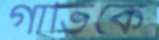
গাভিকে